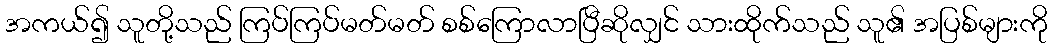
အကယ်၍ သူတို့သည် ကြပ်ကြပ်မတ်မတ် စစ်ကြောလာပြီဆိုလျှင် သားထိုက်သည် သူ၏ အပြစ်များကို